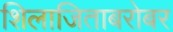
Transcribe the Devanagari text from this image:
शिलाजिताबरोबर